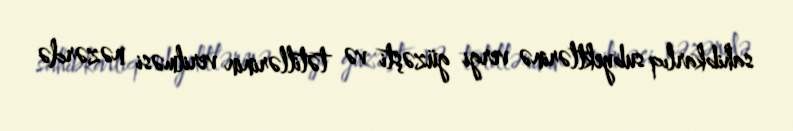
sahibkarlıq subyektlərinə vergi güzəşti və tətillərinin verilməsi nəzərdə